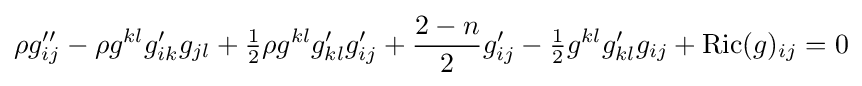
\rho g_{ij}''-\rho g^{kl}g_{ik}'g_{jl}+{\tfrac {1}{2}}\rho g^{kl}g_{kl}'g_{ij}'+{\frac {2-n}{2}}g_{ij}'-{\tfrac {1}{2}}g^{kl}g_{kl}'g_{ij}+\mathrm {Ric} (g)_{ij}=0